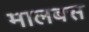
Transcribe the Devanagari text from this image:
मालबस